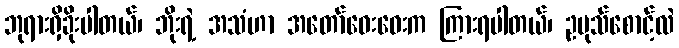
ဘုရားရှိခိုးပါတယ်၊ ဘိုးရဲ့ အသံဟာ အတော်ဝေးဝေးက ကြားရပါတယ်၊ ဥပုသ်စောင့်လဲ